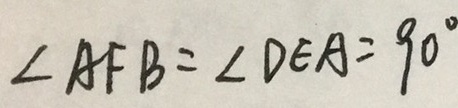
\angle A F B = \angle D E A = 9 0 ^ { \circ }